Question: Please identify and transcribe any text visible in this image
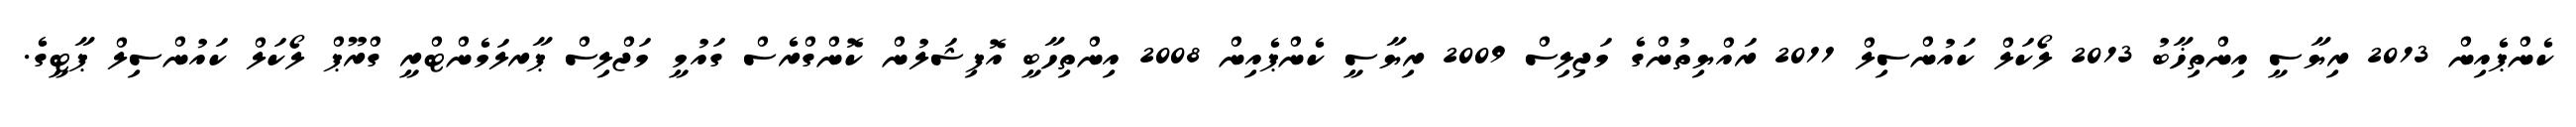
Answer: ކެންޕެއިން 2013 ރިޔާސީ އިންތިޚާބު 2013 ލޯކަލް ކައުންސިލް 2011 ރައްޔިތުންގެ މަޖިލިސް 2009 ރިޔާސީ ކެންޕެއިން 2008 އިންތިހާބީ އޮފިޝަލުން ކޮންގްރެސް ގައުމީ މަޖްލިސް ޕާރލަމެންޓްރީ ގްރޫޕް ލޯކަލް ކައުންސިލް ޕާޓީގެ.